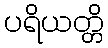
ပရိယတ္တိ